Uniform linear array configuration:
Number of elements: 12
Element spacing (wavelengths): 0.75
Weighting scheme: uniform
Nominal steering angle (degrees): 60
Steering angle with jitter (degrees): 61.085
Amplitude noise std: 0.05
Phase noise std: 0.05

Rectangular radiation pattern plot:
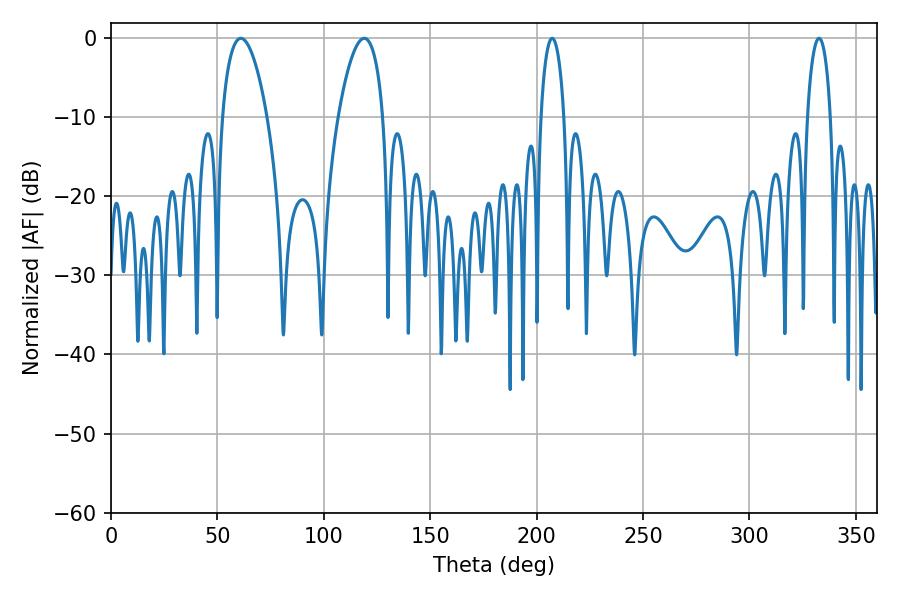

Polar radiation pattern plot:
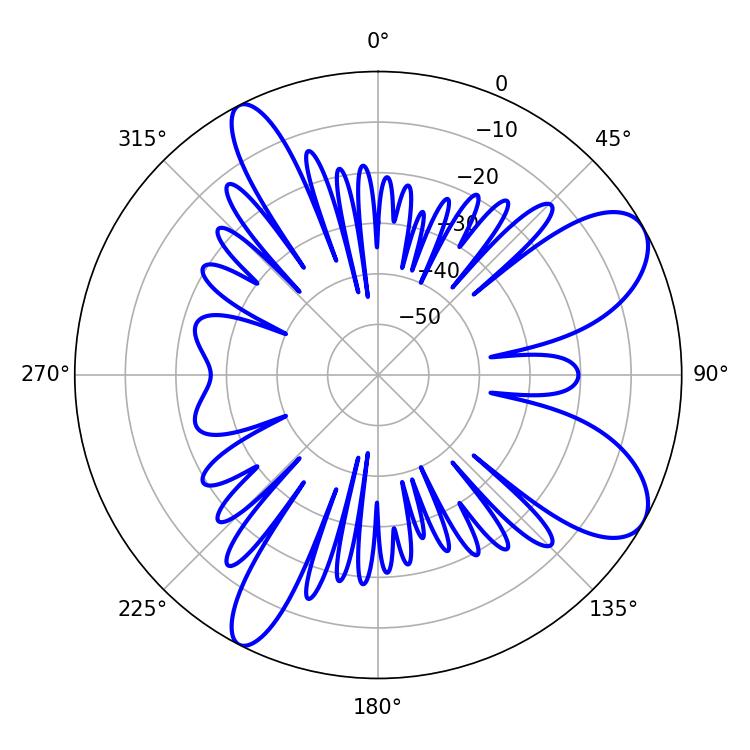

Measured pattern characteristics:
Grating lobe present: TRUE
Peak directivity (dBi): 8.617
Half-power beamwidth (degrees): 11.88
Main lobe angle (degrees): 61.02